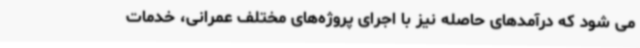
می شود که درآمدهای حاصله نیز با اجرای پروژه‌های مختلف عمرانی، خدمات